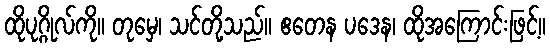
ထိုပုဂ္ဂိုလ်ကို။ တုမှေ၊ သင်တို့သည်။ ဧတေန ပဒေန၊ ထိုအကြောင်းဖြင့်။